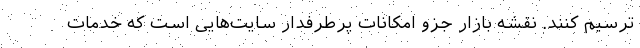
ترسیم کنند. نقشه بازار جزو امکانات پرطرفدار سایت‌هایی است که خدمات